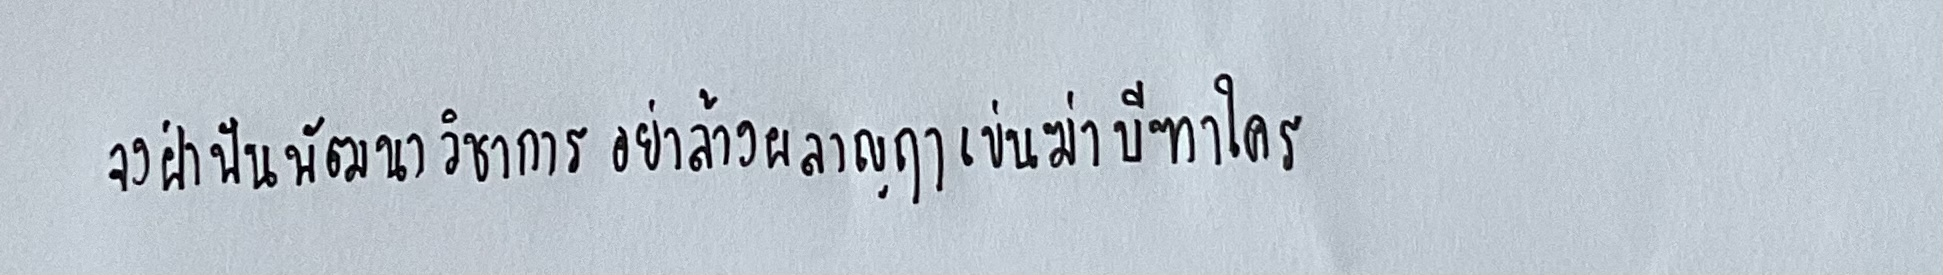
จงฝ่าฟันพัฒนาวิชาการ อย่าล้างผลาญฤาเข่นฆ่าบีฑาใคร